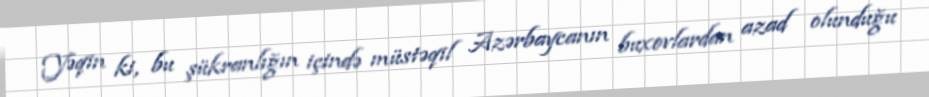
Yəqin ki, bu şükranlığın içində müstəqil Azərbaycanın buxovlardan azad olunduğu